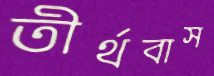
তীর্থবাস